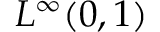
L ^ { \infty } ( 0 , 1 )